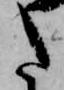
た